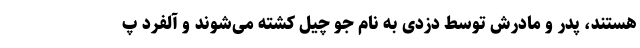
هستند، پدر و مادرش توسط دزدی به نام جو چیل کشته می‌شوند و آلفرد پ